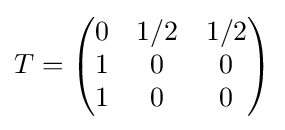
T={\begin{pmatrix}0&1/2&1/2\\1&0&0\\1&0&0\\\end{pmatrix}}